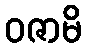
ဝဇာမိ